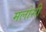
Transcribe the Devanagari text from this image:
मलोसी